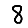
Digit: 8